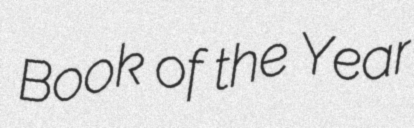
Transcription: Book of the Year